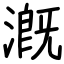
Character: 漑